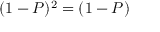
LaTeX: ( 1 - P ) ^ { 2 } = ( 1 - P )